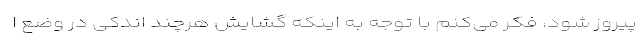
پیروز شود، فکر می‌کنم با توجه به اینکه گشایش هرچند اندکی در وضع ا